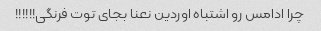
چرا ادامس رو اشتباه اوردین نعنا بجای توت فرنگی!!!!!!